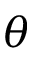
\theta